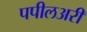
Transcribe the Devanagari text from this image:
पपीलअरी